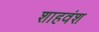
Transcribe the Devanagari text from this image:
शाहवंश